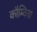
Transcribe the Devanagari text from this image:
कौम्विवा